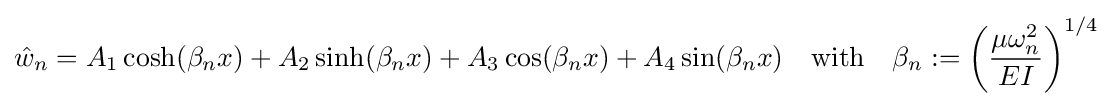
{\hat {w}}_{n}=A_{1}\cosh(\beta _{n}x)+A_{2}\sinh(\beta _{n}x)+A_{3}\cos(\beta _{n}x)+A_{4}\sin(\beta _{n}x)\quad {\text{with}}\quad \beta _{n}:=\left({\frac {\mu \omega _{n}^{2}}{EI}}\right)^{1/4}